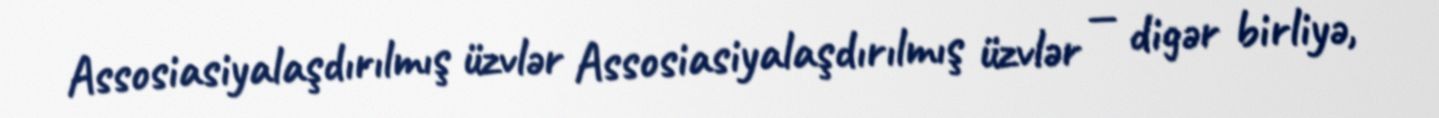
Assosiasiyalaşdırılmış üzvlər Assosiasiyalaşdırılmış üzvlər — digər birliyə,